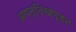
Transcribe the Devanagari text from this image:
आपत्तिखण्डन